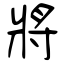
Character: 將